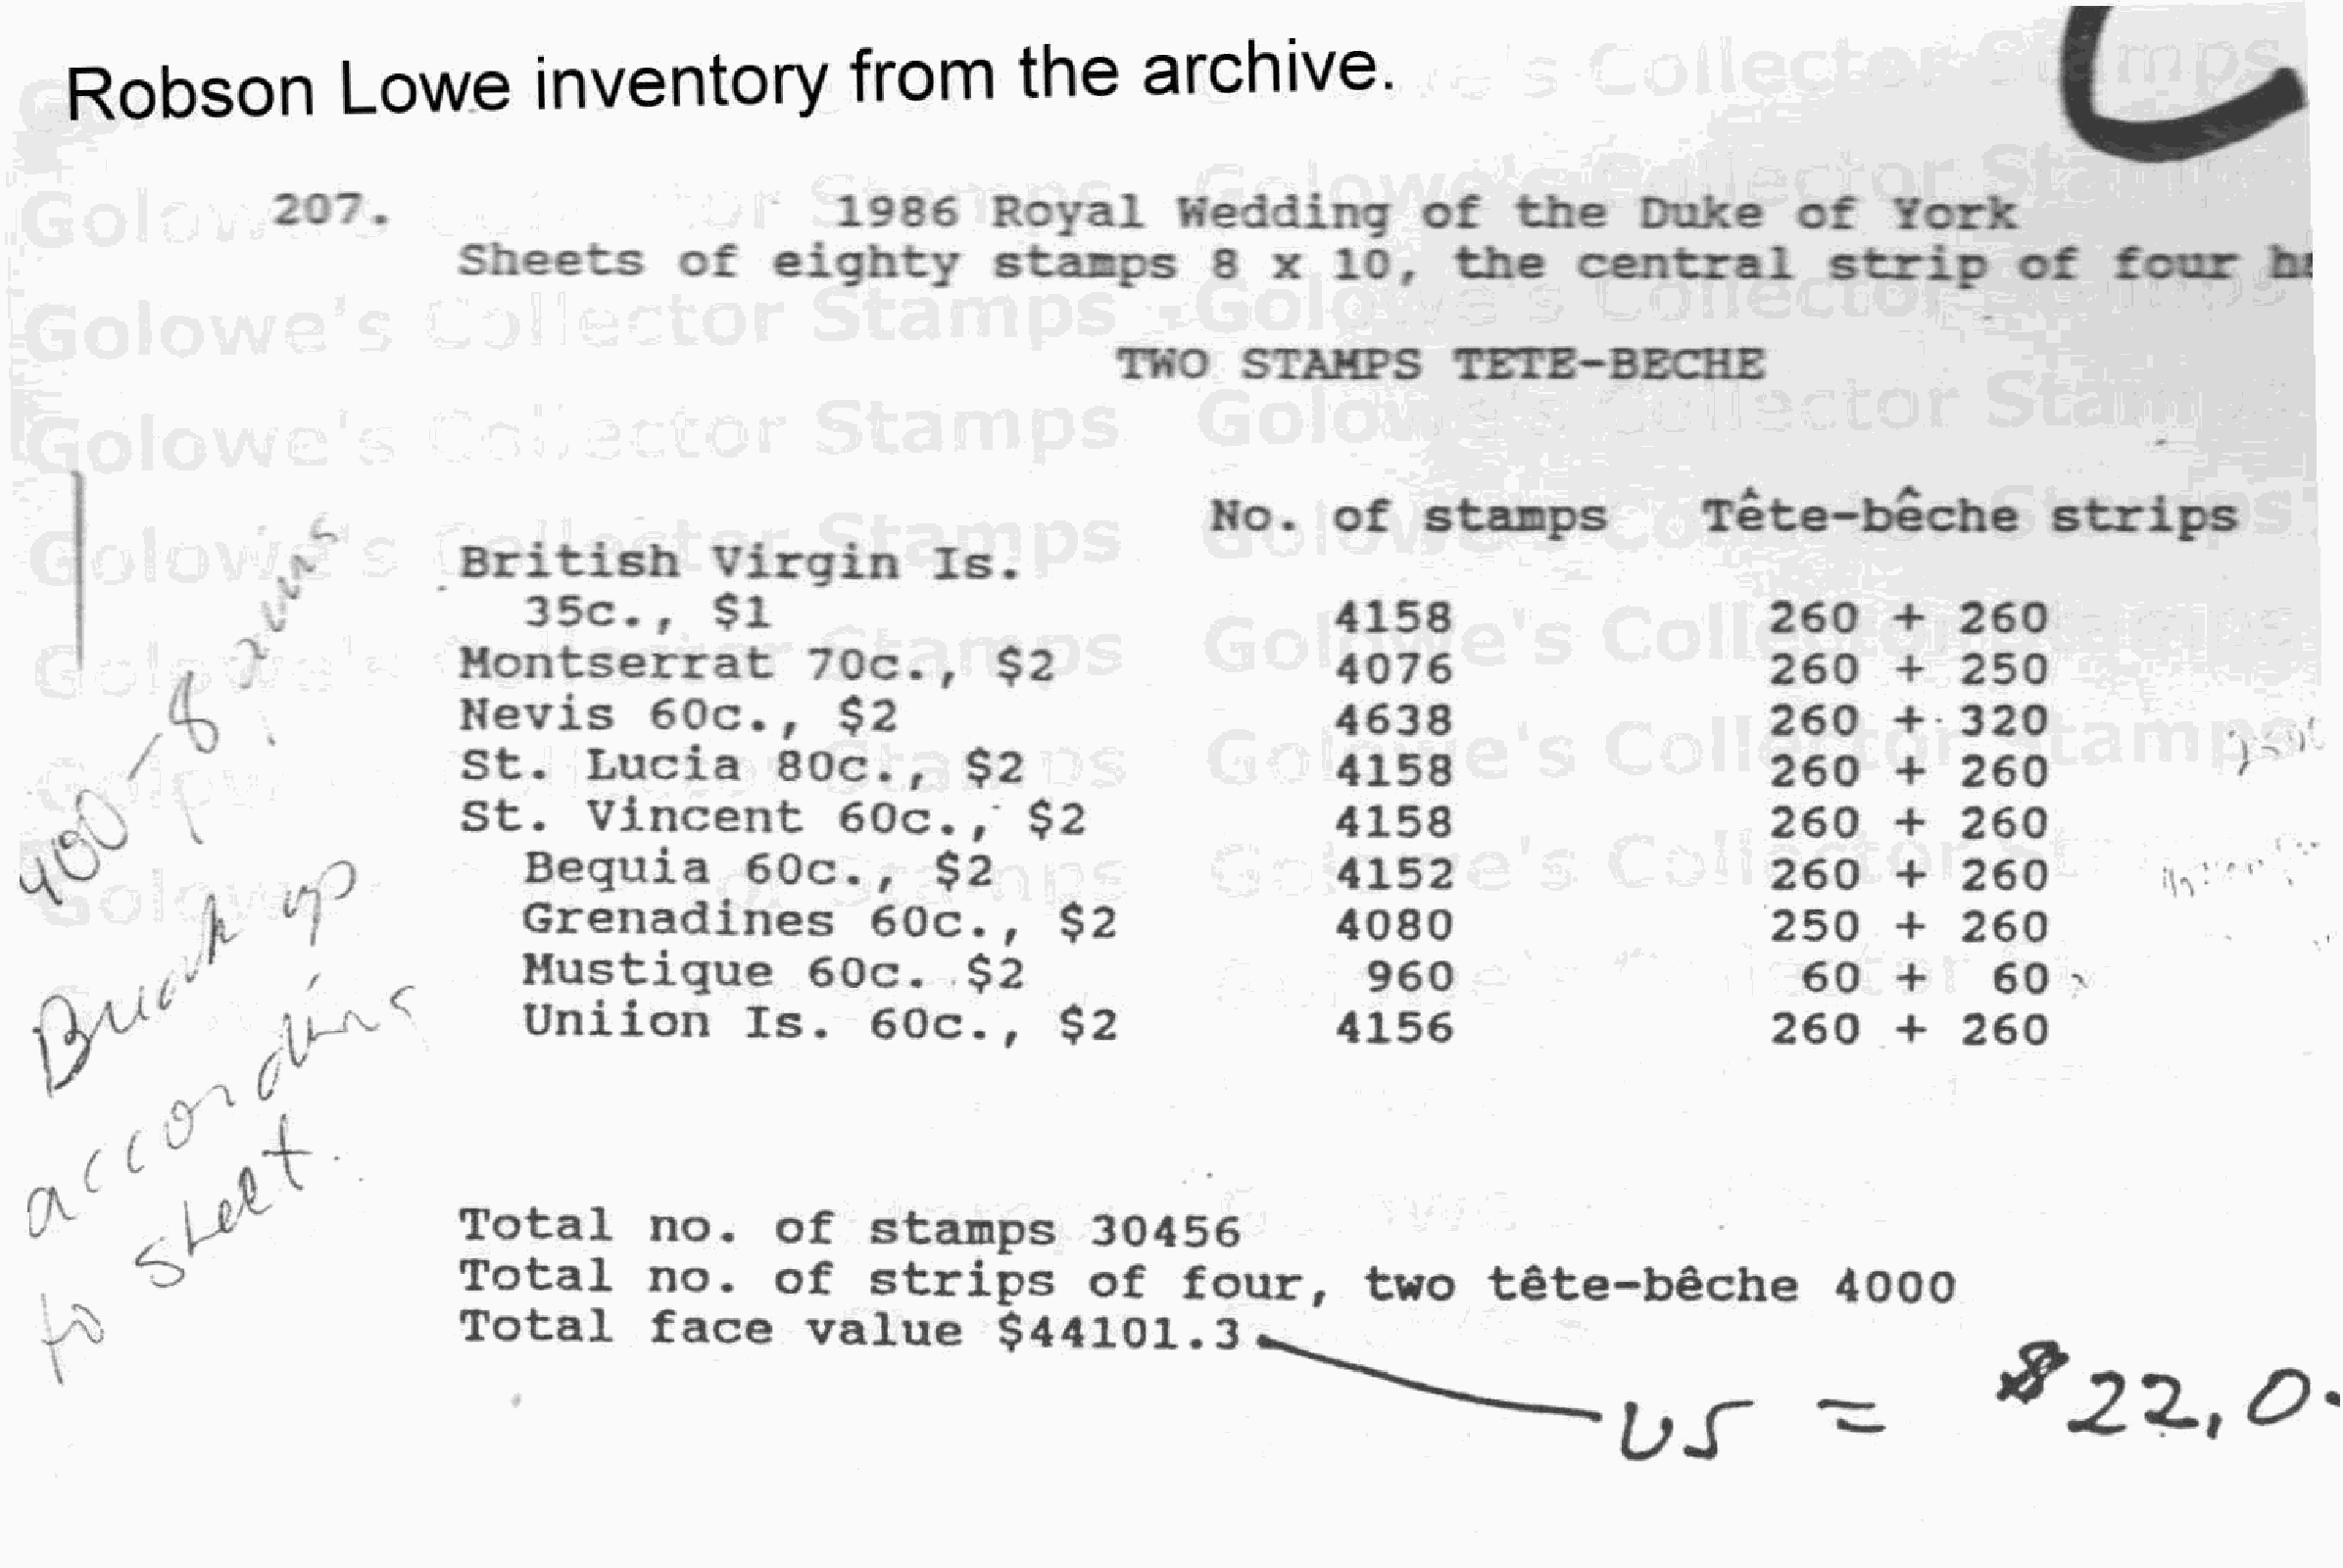
Robson            Lowe         inventory            from       the      archive.
 2«7-                                   1986      Royal       Wedding          of    the     Duke       of    York
 Sheets         of    eighty         stamps        8   x    10,     the     c e n t r al    s  t r ip    of    four     hi
 TWO      STAMPS         TETE-BECHE
 No.     of    stamps             Tete-beche              s t r i ps
 N          B r i t  i sh    V i r g in   I  s.
 3 5  c,     $1                                        4158                         260      +   260
 .                  Montserrat             7  0  c,    $2                     4076                          260     +    250
 d-j                 Nevis        6  0  c,    $2                                4638                         260      +   320
 /    ~                S  t.   Lucia        8  0  c,    $2                       4158                          260     +    260               *
 St.     Vincent          6  0  c,    $2                   4158                          260     +    260
 O^y               .S)             Bequia         6  0  c,    $2                          4152                         260      +   260              «• r i' .
 I    ^1              Grenadines              6  0 c,     $2                 4080                         250      +   260
 Mustique           60c.       $2                         960                           60    +      60
 Ur^s            Uniion         I s.    6  0  c,    $2                 4156                          260     +   260
 v
 V          \J'
 Total       no.      of    stamps         30456
 ^>                     Total       no.     of     s t r i ps    of    four,       two     tete-beche              4000
 l&
 Total        face      value       $44101.3
 \
 US'            -